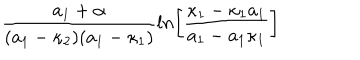
LaTeX: { \frac { a _ { 1 } + \alpha } { ( a _ { 1 } - \kappa _ { 2 } ) ( a _ { 1 } - \kappa _ { 1 } ) } } l n \biggl [ { \frac { \kappa _ { 1 } - \kappa _ { 1 } a _ { 1 } } { a _ { 1 } - a _ { 1 } \kappa _ { 1 } } } \biggr ]